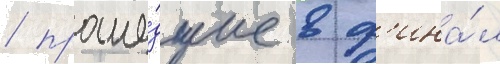
/ проше́дшие в ф'ина́л